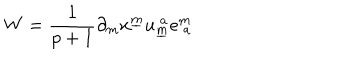
LaTeX: W = { \frac { 1 } { p + 1 } } \partial _ { m } x ^ { \underline { { m } } } u _ { \underline { { m } } } ^ { ~ a } e _ { ~ a } ^ { m }